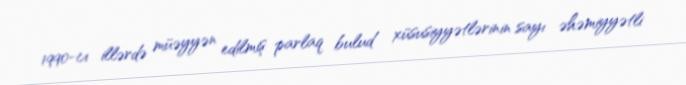
1990-cı illərdə müəyyən edilmiş parlaq bulud xüsusiyyətlərinin sayı əhəmiyyətli